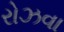
રોઝવા